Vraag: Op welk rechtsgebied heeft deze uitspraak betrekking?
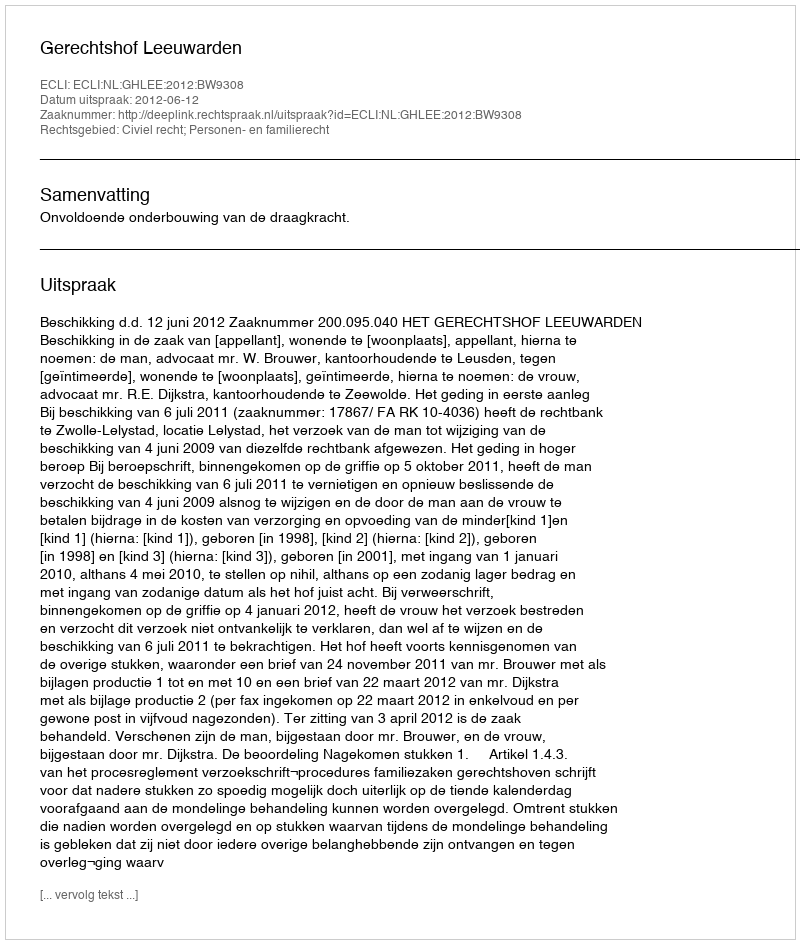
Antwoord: Civiel recht; Personen- en familierecht